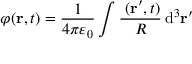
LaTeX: \varphi ( \mathbf { r } , t ) = { \frac { 1 } { 4 \pi \varepsilon _ { 0 } } } \int { \frac { \mathbf { \rho } ( \mathbf { r } ^ { \prime } , t ) } { R } } \operatorname { d } ^ { 3 } \! \mathbf { r } ^ { \prime }